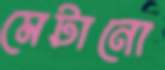
মেটানো